Report of the Indian Hemp Drugs Commission, 1894-1895 - Volume III
Year: 1894
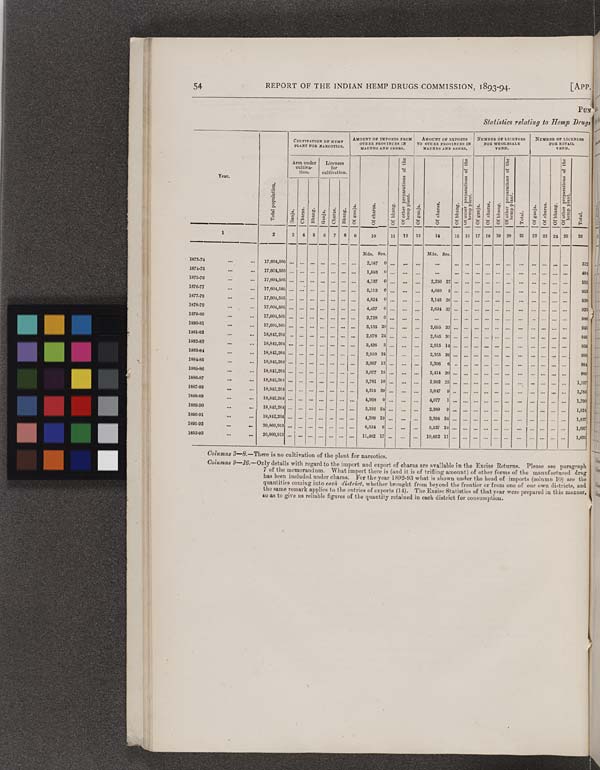
54
REPORT OF THE INDIAN HEMP DRUGS COMMISSION, 1893-94.
[APP
PUN
Statistics relating to Hemp Drugi
Year.
Total population.
CULTIVATION OF HEMP
PLANT FOR NARCOTICS.
AMOUNT OF IMPORTS FROM
OTHER PROVINCES IN
MAUND AND SEERS.
AMOUNT OF EXPORTS
OTHER PROVINCES IN
MAUND AND SEERS.
NUMBER OF LICENSES
FOR WHOLESALE
VEND.
NUMBER OF LICENSES
FOR RETAIL
VEND.
Year.
Total population.
Area under
cultiva-
tion.
Licenses
for
cultivation.
Of charas.
Of bhang.
Of other preparations of the
hemp plant.
Of ganja.
Of charas.
Of bhang.
Of other preparations of the
hemp plant.
Of ganja.
Of charas.
Of bhang.
O f other preparations of the
hemp plant.
Total.
Of ganja.
Of charas.
Of bhang.
Of other preparations of the
hemp plant.
Total.
Year.
Total population.
Ganja.
Charas.
Bhang.
Ganja.
Charas.
Bhang.
Of ganja.
Of charas.
Of bhang.
Of other preparations of the
hemp plant.
Of ganja.
Of charas.
Of bhang.
Of other preparations of the
hemp plant.
Of ganja.
Of charas.
Of bhang.
O f other preparations of the
hemp plant.
Total.
Of ganja.
Of charas.
Of bhang.
Of other preparations of the
hemp plant.
Total.
1
2
3
4
5
6
7
8
9
10
11
12
13
14
15 16 17 18 19
20
21
22 23 24
25
26
Mds. Srs.
Mds. Srs.
1873-74
17,604,505
2,187
0
512
1874-75
17,604,505
1,583
0
494
1875-76
17,604,505
4,137
0
2,250 27
955
1876-77
17,604,505
5,113
0
4,060 5
953
1877-78
17,604,505
4,624
0
3,145 36
928
1878-79
17,604,505
4,457
0
2,634 37
923
1879-80
17,604,505
3,728 0
980
1880-81
17,604,505
3,135 20
2,655 33
945
1881-82
18,842,264
2,978 24
2,545 30
945
1882-83
18,842,264
3,426 3
2,915 14
950
1883-84
18,842,264
2,910 24
2,355 26
980
1884-85
18,842,264
3,997 13
3,396 6
984
1885-86
18,842,264
3,077 15
2,414 20
989
1886-87
18,842,264
3,781 10
2,982 25
1,107
1887-88
18,842,264
4,515 39
3,647 9
1,783
1888-89
18,842,264
4,968 0
4,077
1
1,790
1889-90
18,842,264
3,332 24
2,389 9
1,824
1890-91
18,842,264
4,209 19
3,394 34
1,837
1891-92
20,860,913
6,654 6
5,527 24
1,697
1892-93
20,860,913
11,482 17
10,462 11
1,621
Columns 3—8.—There is no cultivation of the plant for narcotics.
Columns 9—16.—Only details with regard to the import and export of charas are available in the Excise Returns.
Please see paragraph
7 of the memorandum. What import there is (and it is of trifling amount) of other forms of the manufactured drug
has been included under charas.
For the year 1892-93 what is shown under the head of imports (column 10) are the
quantities coming into each district, whether brought from beyond the frontier or from one of our own districts, and
the same remark applies to the entries of exports (14). The Excise Statistics of that year were prepared in this manner,
so as to give us reliable figures of the quantity retained in each district for consumption.